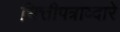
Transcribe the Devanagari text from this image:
भित्तीपत्राव्दारे